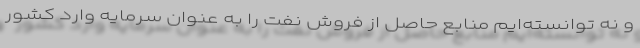
و نه توانسته‌ایم منابع حاصل از فروش نفت را به عنوان سرمایه وارد کشور